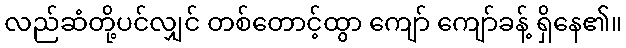
လည်ဆံတို့ပင်လျှင် တစ်တောင့်ထွာ ကျော် ကျော်ခန့် ရှိနေ၏။